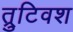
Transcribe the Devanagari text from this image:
त्रुटिवश